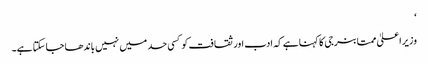
‘
وزیر اعلیٰ ممتا بنرجی کا کہنا ہے کہ ادب اور ثقافت کو کسی حد میں نہیں باندھا جا سکتا ہے۔